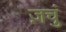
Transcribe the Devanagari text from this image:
ज़चुं